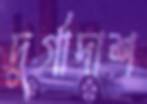
দুর্গাদাশ